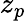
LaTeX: z_{p}